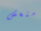
منعش